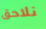
نلاحق